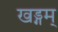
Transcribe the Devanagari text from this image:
खड्गम्